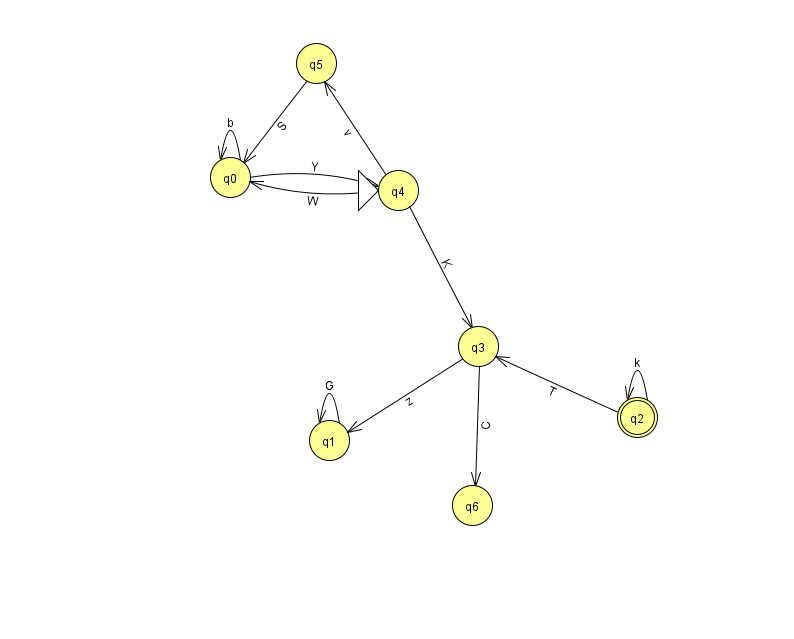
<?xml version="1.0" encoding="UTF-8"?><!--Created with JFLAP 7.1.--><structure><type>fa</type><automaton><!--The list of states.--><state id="0" name="q0"><x>230.0</x><y>164.0</y></state><state id="1" name="q1"><x>329.0</x><y>427.0</y></state><state id="2" name="q2"><x>637.0</x><y>404.0</y><final/></state><state id="3" name="q3"><x>478.0</x><y>333.0</y></state><state id="4" name="q4"><x>398.0</x><y>177.0</y><initial/></state><state id="5" name="q5"><x>316.0</x><y>50.0</y></state><state id="6" name="q6"><x>472.0</x><y>492.0</y></state><!--The list of transitions.--><transition><from>0</from><to>0</to><read>b</read></transition><transition><from>0</from><to>4</to><read>Y</read></transition><transition><from>2</from><to>3</to><read>T</read></transition><transition><from>3</from><to>6</to><read>C</read></transition><transition><from>4</from><to>3</to><read>K</read></transition><transition><from>1</from><to>1</to><read>G</read></transition><transition><from>5</from><to>0</to><read>S</read></transition><transition><from>3</from><to>1</to><read>z</read></transition><transition><from>4</from><to>5</to><read>v</read></transition><transition><from>2</from><to>2</to><read>k</read></transition><transition><from>4</from><to>0</to><read>W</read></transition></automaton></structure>